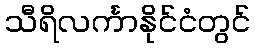
သီရိလင်္ကာနိုင်ငံတွင်